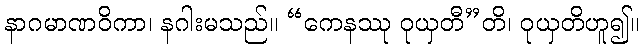
နာဂမာဏဝိကာ၊ နဂါးမသည်။ “ကေနဿု ဝုယှတီ”တိ၊ ဝုယှတိဟူ၍။